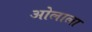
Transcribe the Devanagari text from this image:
ओलाला